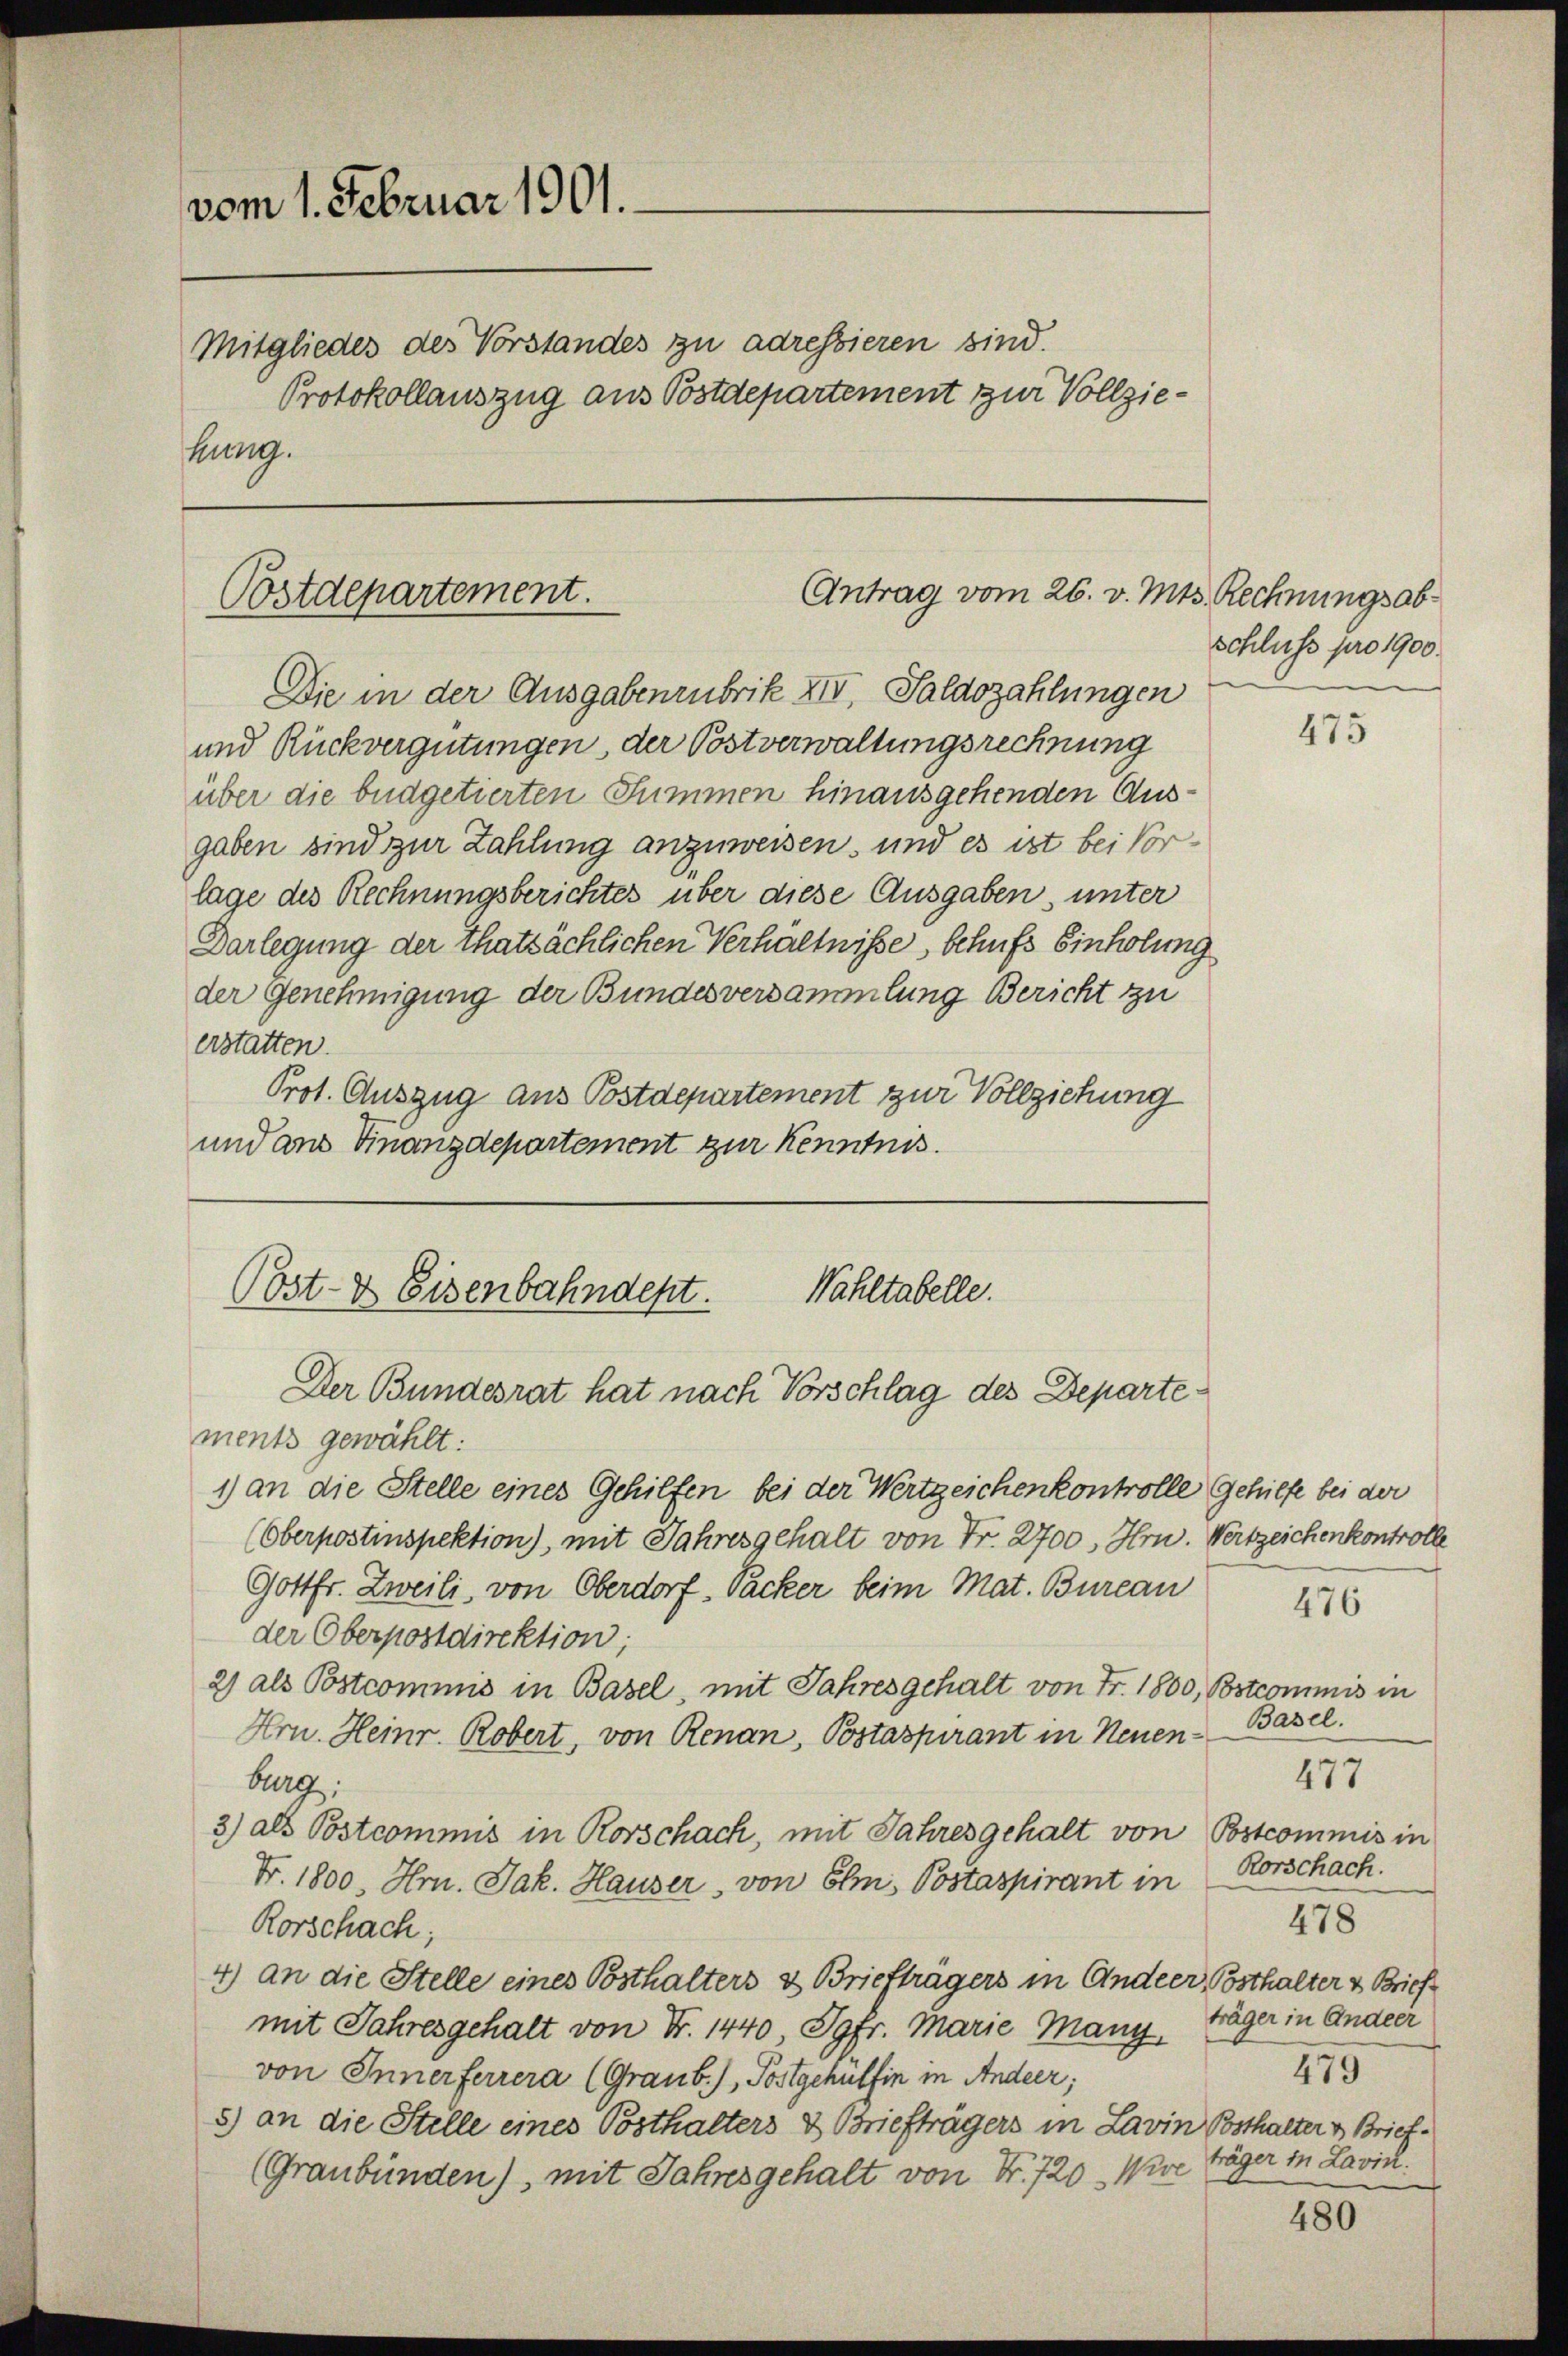
vom 1. Februar 1901.
Mitgliedes des Vorstandes zu adressieren sind.
hung.

Antrag vom 26. v. Mts. Rechnungsab¬
Postdepartement.

Protokollauszug aus Postdepartement zur Vollzie¬

Die in der Ausgabenrubrik XIV, Saldozahlungen
und Rückvergütungen, der Postverwaltungsrechnung
über die büdgetierten Summen hinausgehenden Ausgaben sind zur Zahlung anzuweisen, und es ist bei Vorlage des Rechnungsberichtes über diese Ausgaben, unter
Darlegung der thatsächlichen Verhältnisse, schufs Einholung
der Genehmigung der Bundesversammlung Bericht zu
erstatten.
Prot. Auszug aus Postdepartement zur Vollziehung
und ans Finanzdepartement zur Kenntnis.

Post- & Eisenbahndept. Wahltabelle.
Der Bundesrat hat nach Vorschlag des Departe¬

ments gewählt:
1) an die Stelle eines Gehilfen bei der Wertzeichenkontrolle Gehilfe bei der
(Oberpostinspektion), mit Jahresgehalt von Fr. 2700, Hrn. Wertzeichenkontrolle
Gottfr. Zweili, von Oberdorf Packer beim Mat. Bureau
der Oberpostdirektion;
2) als Postcommis in Basel, mit Jahres gehalt von Fr. 1800, Botcommis in
Hrn. Heinr. Robert, von Renan, Postaspirant in Neuen-Basel.
burg,
3) als Postcommis in Rorschach, mit Jahresgehalt von Bstcommis in
Nr. 1800, Hrn. Jak. Hauser, von Elm, Postaspirant in
Rorschach;
4) an die Stelle eines Posthalters & Briefträgers in Ander Posthalter & Brief
mit Jahresgehalt von Fr. 1440 Jgfr. Marie Many
von Innerferrera (Graub.), Postgehülfen in Andeer;
8) an die Stelle eines Posthalters & Briefträgers in Lavin Posthalter v. Brief¬
(Graubünden), mit Jahresgehalt von Nr. 720 Wive Träger in Lavic:

Schluss pro 1900.

475

476

477
Rorschach.
478
träger in Andeer
479

480